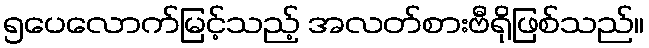
၅ပေလောက်မြင့်သည့် အလတ်စားဗီရိုဖြစ်သည်။